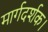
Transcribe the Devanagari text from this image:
मार्गदर्शक।